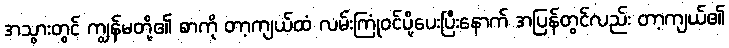
အသွားတွင် ကျွန်မတို့၏ စာကို တာ့ကျယ်ထံ လမ်းကြုံဝင်ပို့ပေးပြီးနောက် အပြန်တွင်လည်း တာ့ကျယ်၏